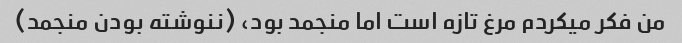
من فکر میکردم مرغ تازه است اما منجمد بود، (ننوشته بودن منجمد)